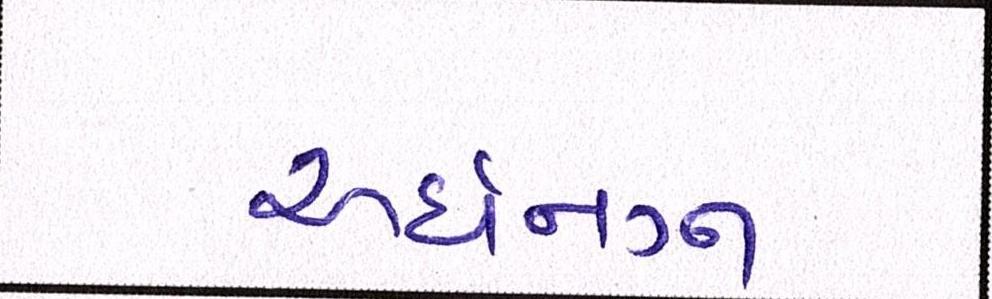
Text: અર્ધનગ્ન